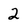
Character: 2